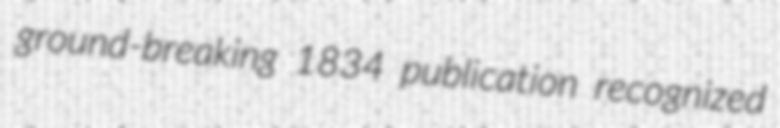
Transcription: ground-breaking 1834 publication recognized